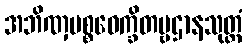
အဘိဏှပစ္စဝေက္ခိတဗ္ဗဌာနသုတ္တံ